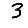
Digit: 3